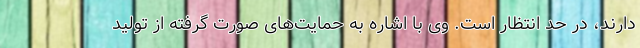
دارند، در حد انتظار است. وی با اشاره به حمایت‌های صورت گرفته از تولید